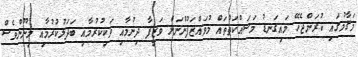
މަޤާމުގައި ކުރަންޖެހޭ މައިގަނޑު މަސައްކަތްތައް މުވައްޒަފުންނަށް ވަޒީފާ ދިނުމާއި ވަކިކުރުމާއި ބަދަލުކުރުމާއި މިނޫންވެސް